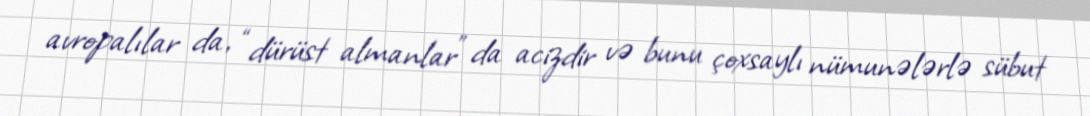
avropalılar da, “dürüst almanlar” da acizdir və bunu çoxsaylı nümunələrlə sübut